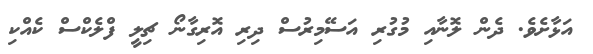
އަޅާށެވެ. ދެން ލޮނާއި މުގުރި އަސޭމިރުސް ދިރި އޮރިގާނޯ ޗިލީ ފްލެކްސް ކެއްކި